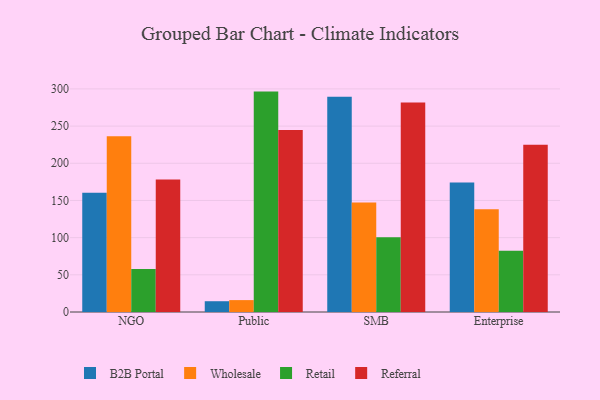
{"axis": {"x": "Segment", "y": "Revenue (USD Million)"}, "legend": ["B2B Portal", "Referral", "Retail", "Wholesale"], "data": [{"x": "NGO", "y": 160.4, "type": "B2B Portal"}, {"x": "NGO", "y": 236.5, "type": "Wholesale"}, {"x": "NGO", "y": 57.7, "type": "Retail"}, {"x": "NGO", "y": 178.2, "type": "Referral"}, {"x": "Public", "y": 14.5, "type": "B2B Portal"}, {"x": "Public", "y": 16.0, "type": "Wholesale"}, {"x": "Public", "y": 296.4, "type": "Retail"}, {"x": "Public", "y": 244.6, "type": "Referral"}, {"x": "SMB", "y": 289.6, "type": "B2B Portal"}, {"x": "SMB", "y": 147.4, "type": "Wholesale"}, {"x": "SMB", "y": 100.6, "type": "Retail"}, {"x": "SMB", "y": 281.9, "type": "Referral"}, {"x": "Enterprise", "y": 174.1, "type": "B2B Portal"}, {"x": "Enterprise", "y": 138.1, "type": "Wholesale"}, {"x": "Enterprise", "y": 82.4, "type": "Retail"}, {"x": "Enterprise", "y": 225.0, "type": "Referral"}]}